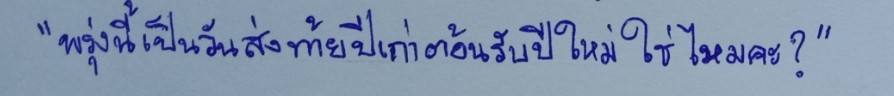
"พรุ่งนี้เป็นวันส่งท้ายปีเก่าต้อนรับปีใหม่ใช่ไหมคะ?"